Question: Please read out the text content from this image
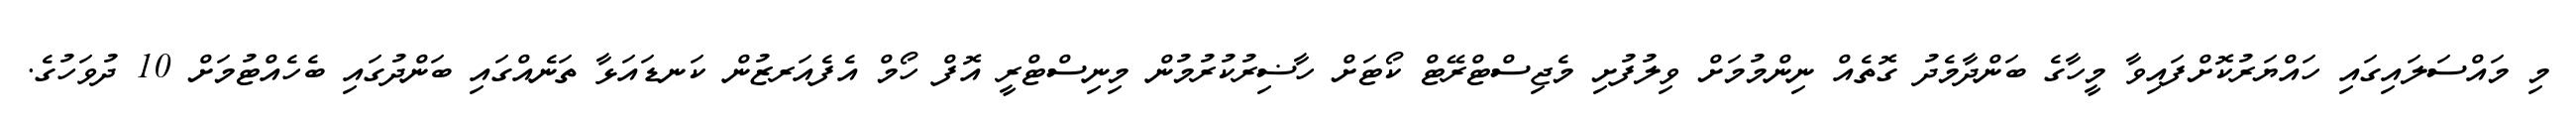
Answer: މި މައްސަލައިގައި ހައްޔަރުކޮށްފައިވާ މީހާގެ ބަންދާމެދު ގޮތެއް ނިންމުމަށް ވިލުފުށި މެޖިސްޓްރޭޓް ކޯޓަށް ހާޟިރުކުރުމުން މިނިސްޓްރީ އޮފް ހޯމް އެފެއަރޒުން ކަނޑައަޅާ ތަނެއްގައި ބަންދުގައި ބެހެއްޓުމަށް 10 ދުވަހުގެ.